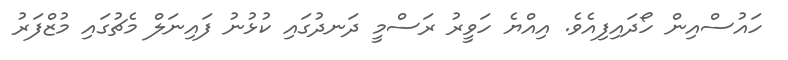
ހައުސްއިން ހޯދައިފިއެވެ. އިއްޔެ ހަވީރު ރަސްމީ ދަނދުގައި ކުޅުނު ފައިނަލް މެޗުގައި މުޒްފަރު